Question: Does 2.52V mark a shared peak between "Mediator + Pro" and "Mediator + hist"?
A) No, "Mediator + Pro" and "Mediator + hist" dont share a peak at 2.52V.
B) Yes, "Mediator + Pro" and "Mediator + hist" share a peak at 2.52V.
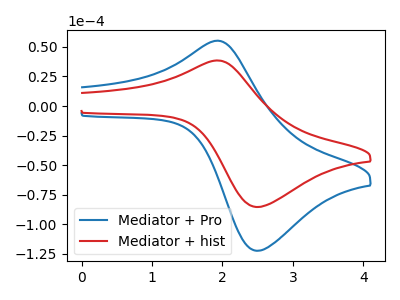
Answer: <think>The blue curve "Mediator + Pro" has an anodic peak at (1.90V, 55.25uA) and a cathodic peak at (2.50V, -122.50uA). The red curve "Mediator + hist" has an anodic peak at (1.90V, 38.55uA) and a cathodic peak at (2.50V, -85.50uA).</think>
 <answer>B) Yes, "Mediator + Pro" and "Mediator + hist" share a peak at 2.52V.</answer>
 <eval>B</eval>